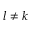
l \neq k